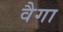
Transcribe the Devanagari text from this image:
वैगा